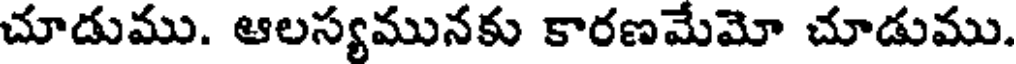
చూడుము. ఆలస్యమునకు కారణమేమో చూడుము.